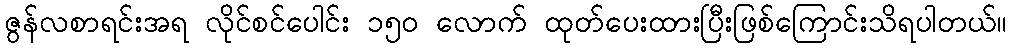
ဇွန်လစာရင်းအရ လိုင်စင်ပေါင်း ၁၅၀ လောက် ထုတ်ပေးထားပြီးဖြစ်ကြောင်းသိရပါတယ်။